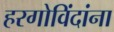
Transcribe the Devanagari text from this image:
हरगोविंदांना